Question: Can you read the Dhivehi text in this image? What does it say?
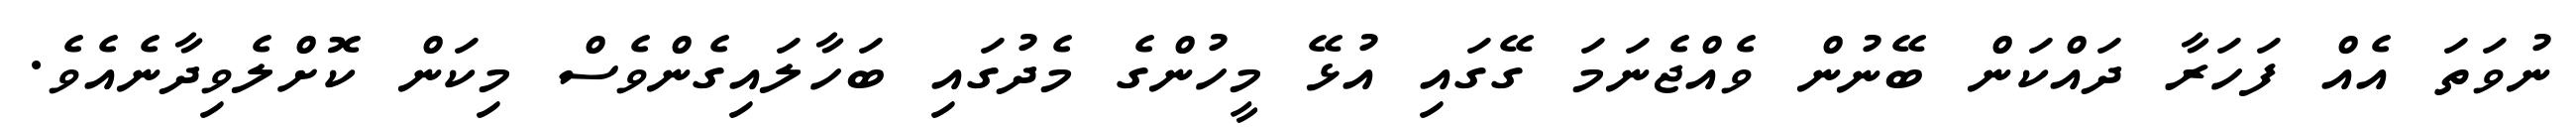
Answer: ނުވަތަ އެއް ފަހަރާ ދައްކަން ބޭނުން ވެއްޖެނަމަ ގޭގައި އުޅޭ މީހުންގެ މެދުގައި ބަހާލައިގެންވެސް މިކަން ކޮށްލެވިދާނެއެވެ.